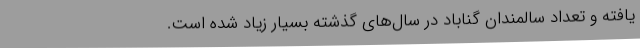
یافته و تعداد سالمندان گناباد در سال‌های گذشته بسیار زیاد شده است.